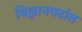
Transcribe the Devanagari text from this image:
विज्ञानपटांत